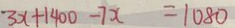
3 x + 1 4 0 0 - 7 x = 1 0 8 0